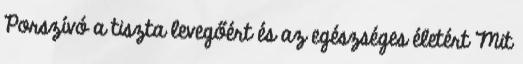
Porszívó a tiszta levegőért és az egészséges életért Mit